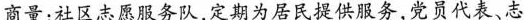
商量：社区志愿服务队，定期为居民提供服务，党员代表、志